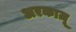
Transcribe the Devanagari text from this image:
अरकाज़ू